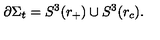
\partial \Sigma _ { t } = S ^ { 3 } ( r _ { + } ) \cup S ^ { 3 } ( r _ { c } ) .